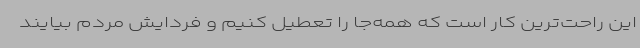
این راحت‌ترین کار است که همه‌جا را تعطیل کنیم و فردایش مردم بیایند